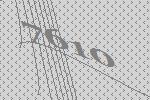
7610